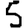
Digit: 5